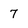
Character: 7